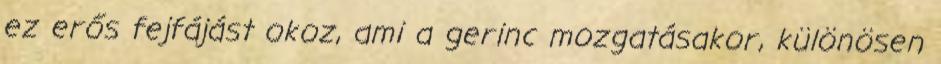
ez erős fejfájást okoz, ami a gerinc mozgatásakor, különösen